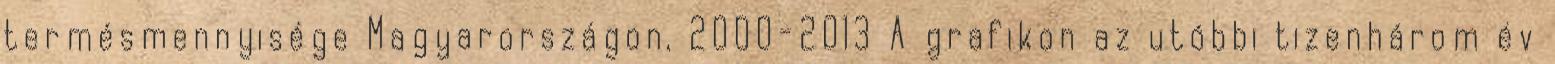
termésmennyisége Magyarországon, 2000-2013 A grafikon az utóbbi tizenhárom év